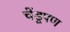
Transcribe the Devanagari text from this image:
चेंडूपण